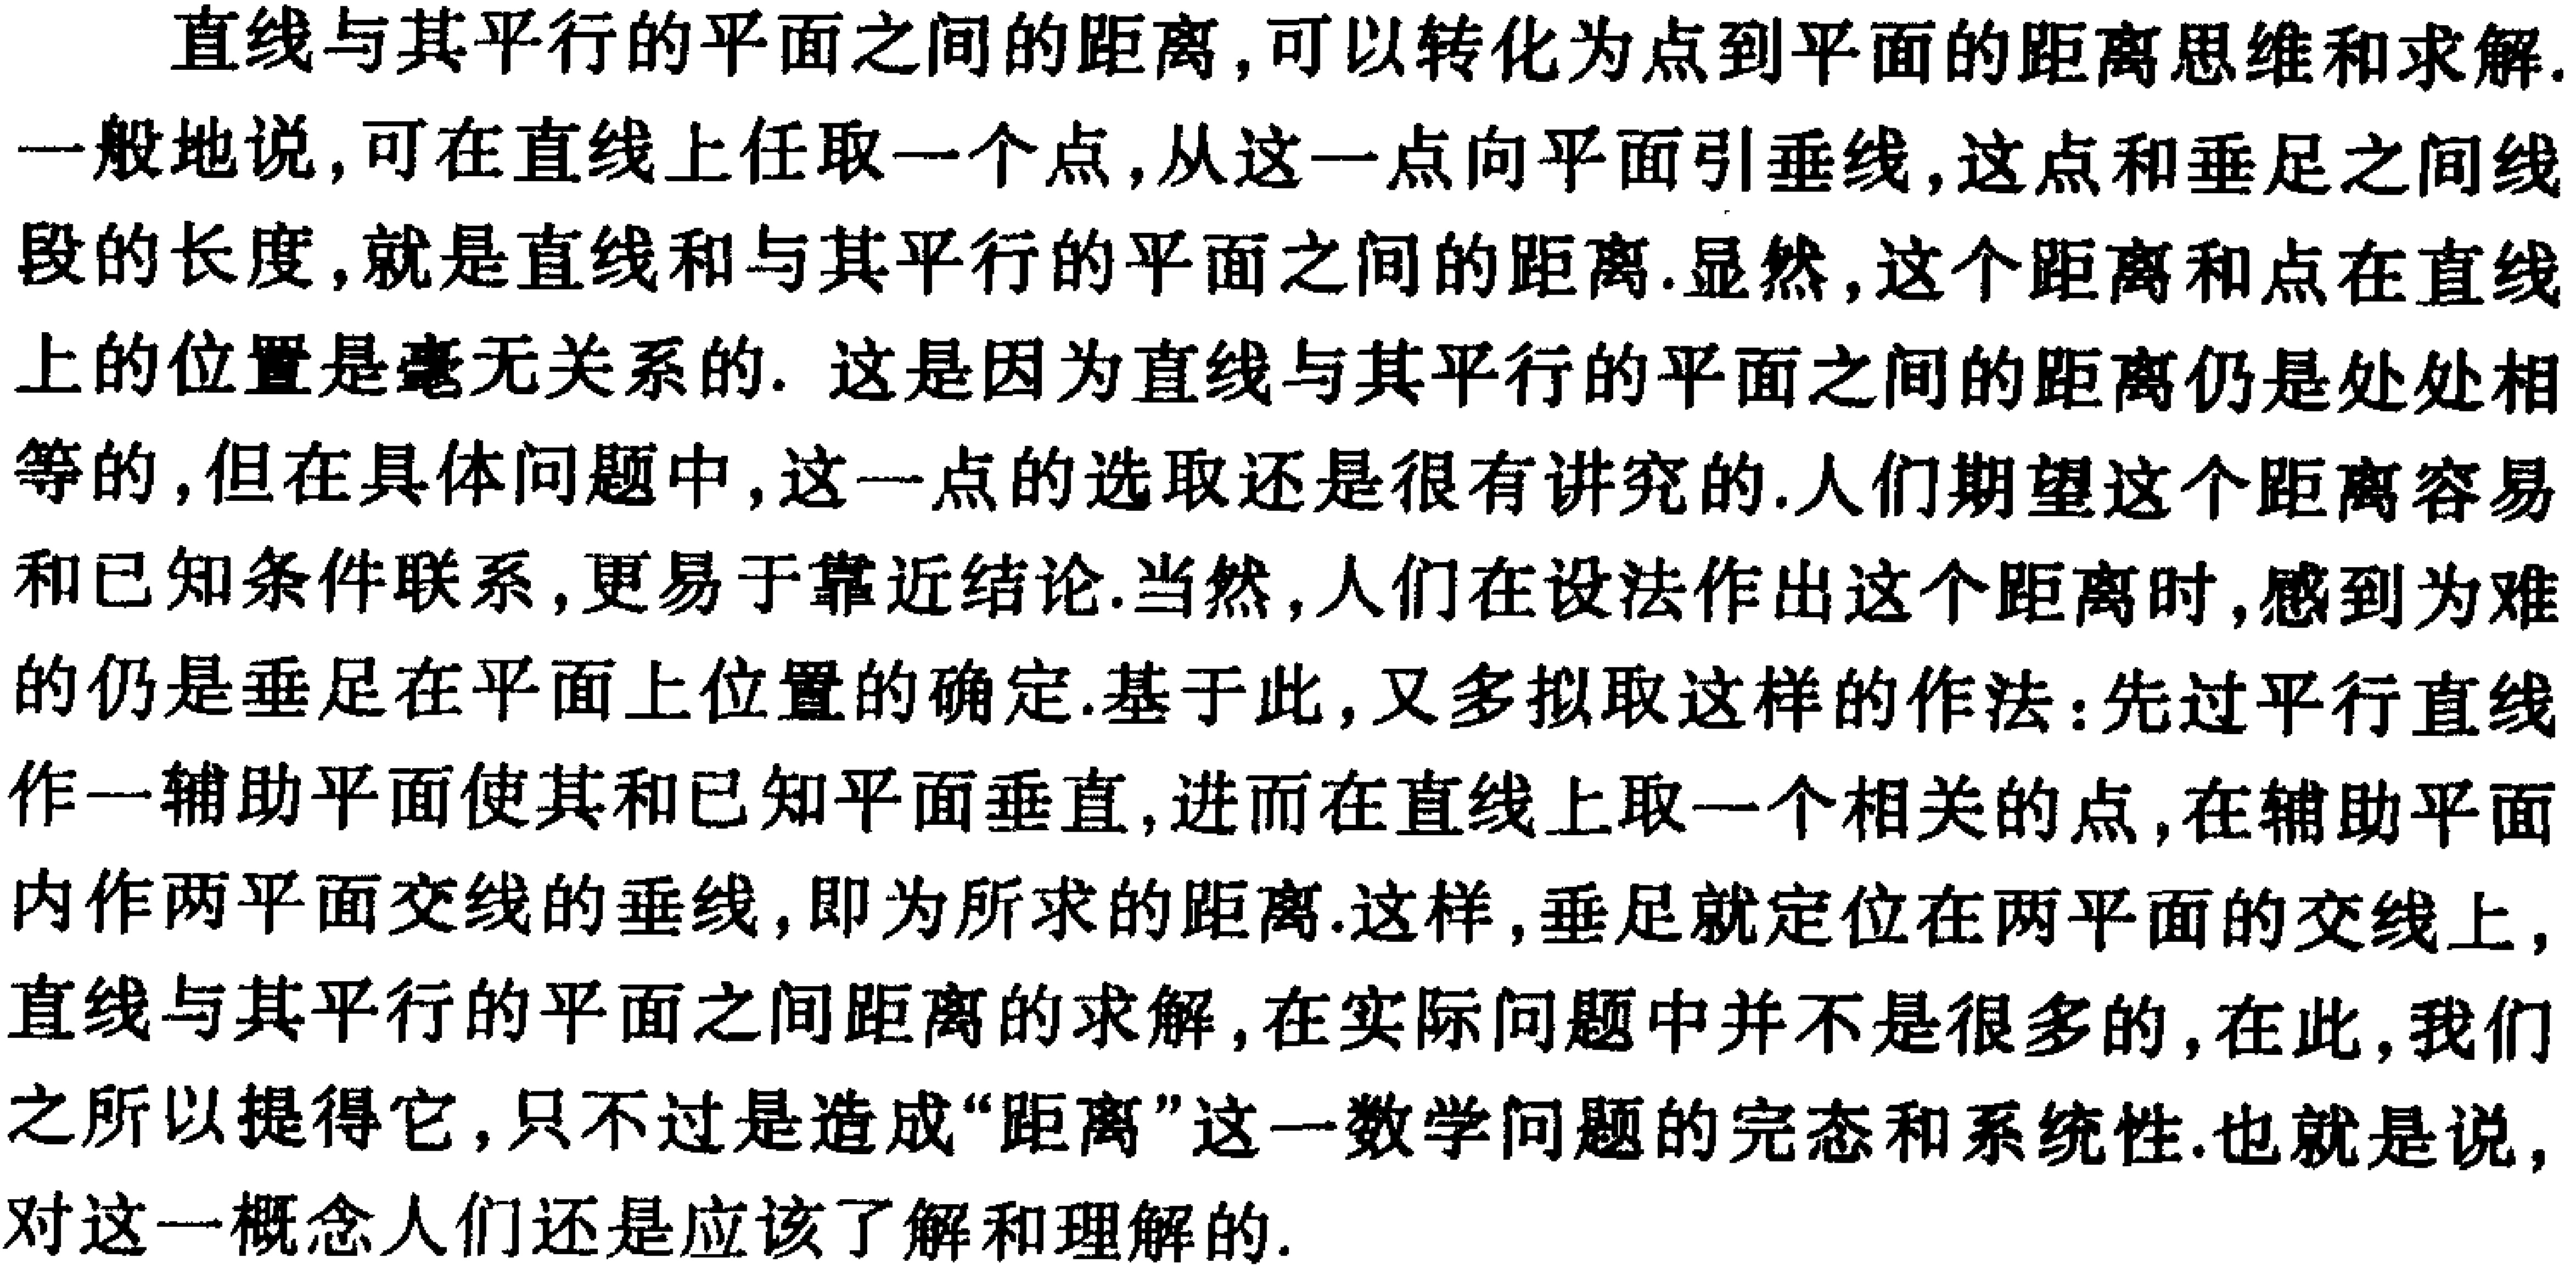
直线与其平行的平面之间的距离，可以转化为点到平面的距离思维和求解.
一般地说，可在直线上任取一个点，从这一点向平面引垂线，这点和垂足之间线段的长度，就是直线和与其平行的平面之间的距离. 显然，这个距离和点在直线上的位置是毫无关系的. 这是因为直线与其平行的平面之间的距离仍是处处相等的，但在具体问题中，这一点的选取还是很有讲究的.人们期望这个距离容易和已知条件联系，更易于靠近结论.当然，人们在设法作出这个距离时，感到为难的仍是垂足在平面上位置的确定.基于此，又多拟取这样的作法：先过平行直线作一辅助平面使其和已知平面垂直，进而在直线上取一个相关的点，在辅助平面内作两平面交线的垂线，即为所求的距离.这样，垂足就定位在两平面的交线上，直线与其平行的平面之间距离的求解，在实际问题中并不是很多的，在此，我们之所以提得它，只不过是造成“距离”这一数学问题的完态和系统性.也就是说，对这一概念人们还是应该了解和理解的.